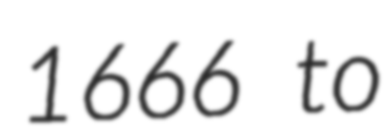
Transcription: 1666 to